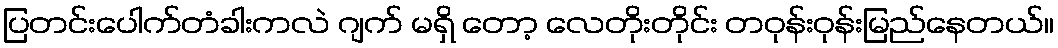
ပြတင်းပေါက်တံခါးကလဲ ဂျက် မရှိ တော့ လေတိုးတိုင်း တဝုန်းဝုန်းမြည်နေတယ်။